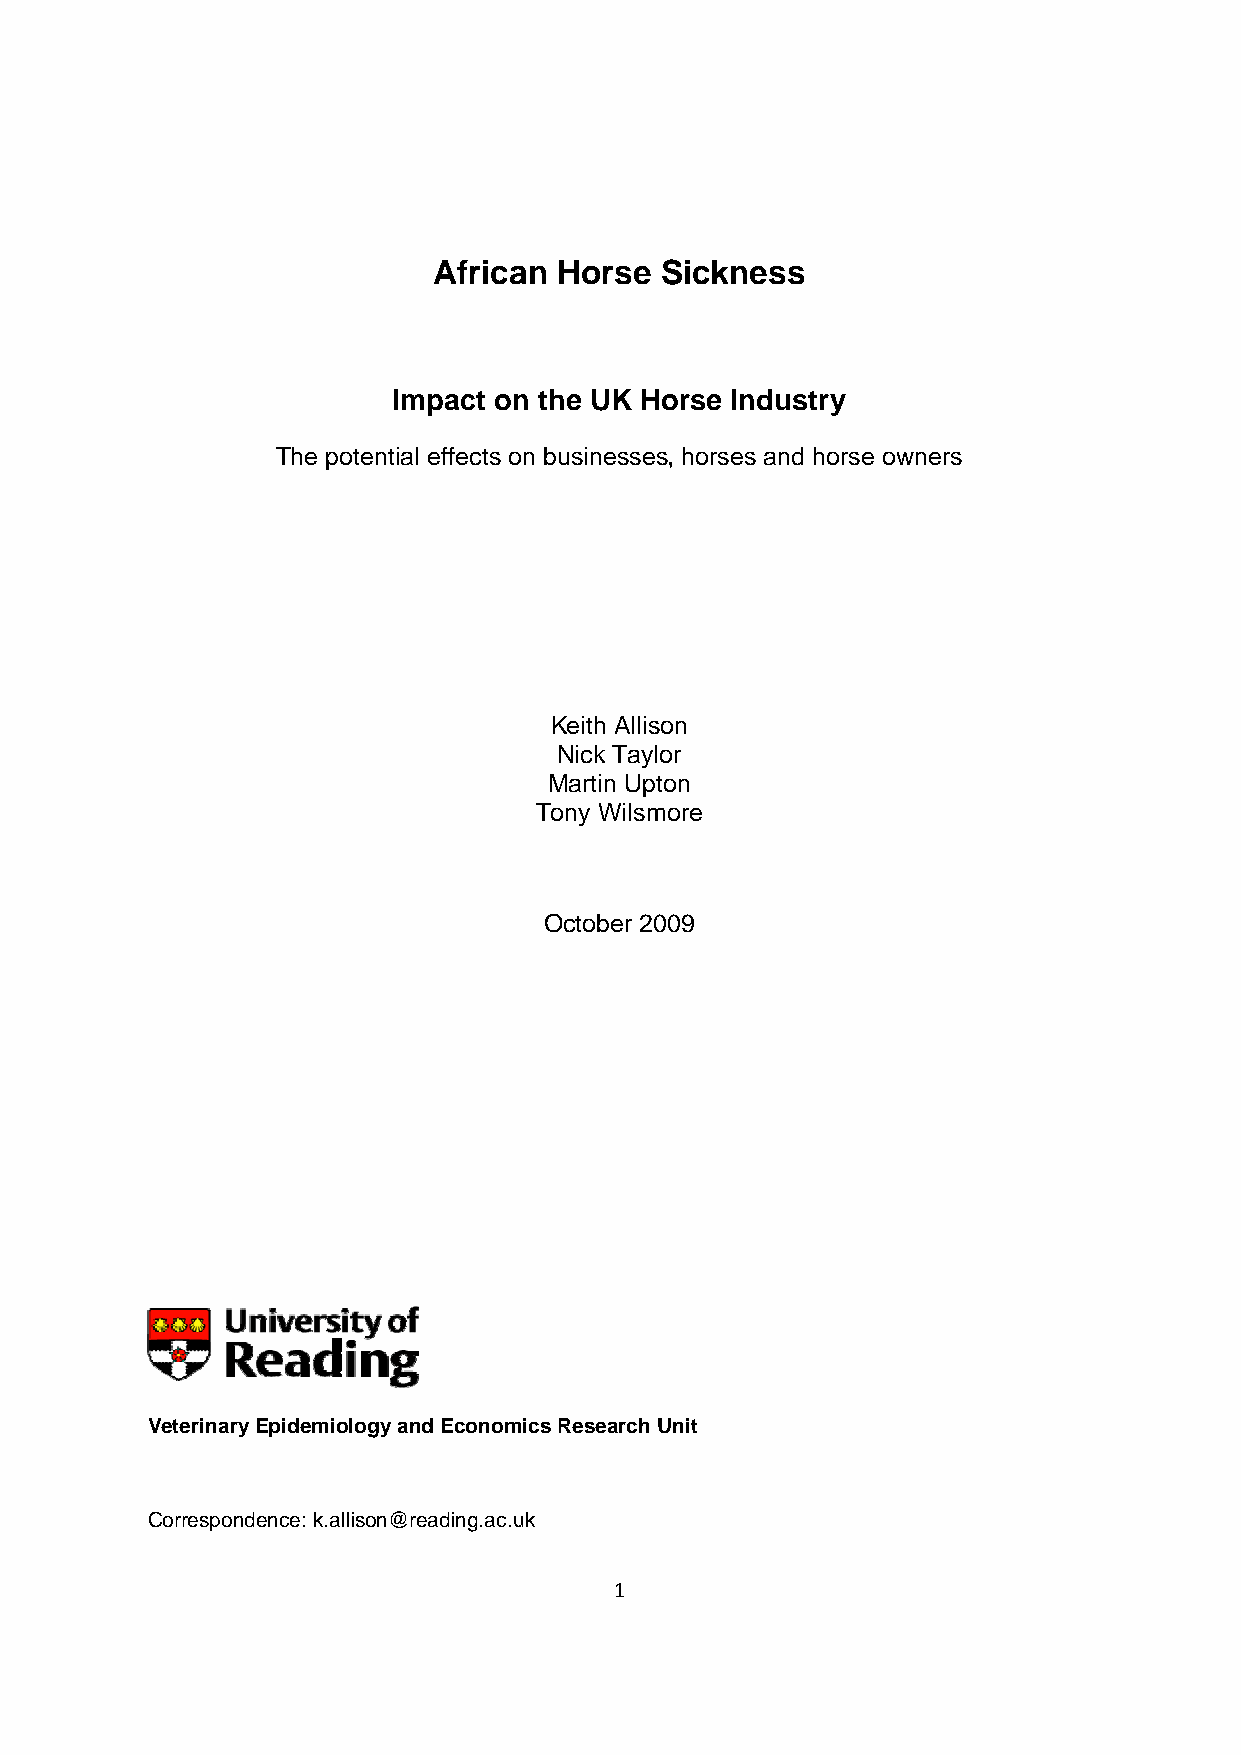
African Horse  Sickness
 Impact on the UK Horse Industry
 The potential effects on businesses, horses and horse owners
 Keith Allison
 Nick Taylor
 Martin Upton
 Tony Wilsmore
 October 2009
 Veterinary Epidemiology and Economics Research Unit
 Correspondence: k.allison@reading.ac.uk
 1